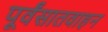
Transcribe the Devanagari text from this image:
पूर्वंसातवाहन